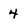
Character: 4